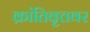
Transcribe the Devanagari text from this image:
क्रांतिवृत्तवर